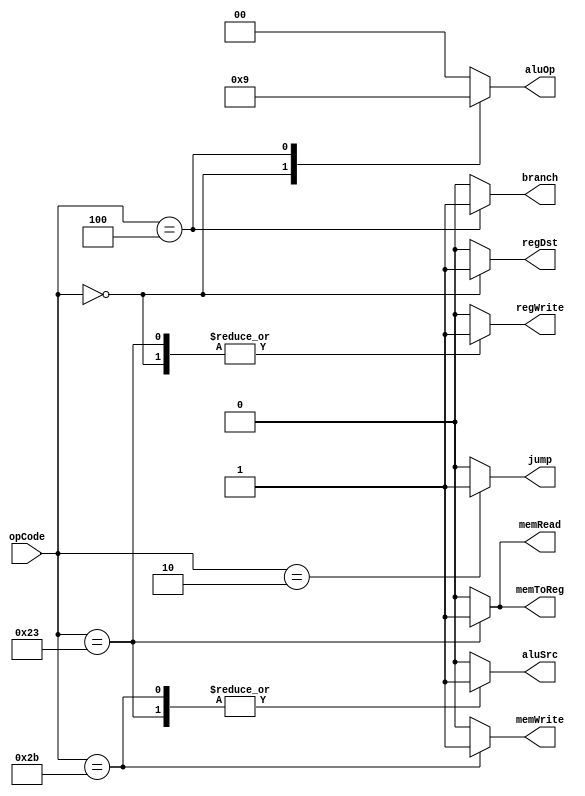
`timescale 1ns / 1ps
//////////////////////////////////////////////////////////////////////////////////
// Company: 
// Engineer: 
// 
// Design Name: 
// Module Name: Ctr
// Project Name: 
// Target Devices: 
// Tool Versions: 
// Description: 
// 
// Dependencies: 
// 
// Revision:
// Revision 0.01 - File Created
// Additional Comments:
// 
//////////////////////////////////////////////////////////////////////////////////


module Ctr(
    input [5 : 0] opCode,
    output regDst,
    output aluSrc,
    output memToReg,
    output regWrite,
    output memRead,
    output memWrite,
    output branch,
    output [1 : 0] aluOp,
    output jump
    );
    
    reg RegDst;
    reg ALUSrc;
    reg MemToReg;
    reg RegWrite;
    reg MemRead;
    reg MemWrite;
    reg Branch;
    reg [1 : 0] ALUOp;
    reg Jump;
    
    always @(opCode)
    begin
        case(opCode)
            6'b000000:      // R Type
            begin
                RegDst = 1;
                ALUSrc = 0;
                MemToReg = 0;
                RegWrite = 1;
                MemRead = 0;
                MemWrite = 0;
                Branch = 0;
                ALUOp = 2'b10;
                Jump = 0;
            end
            6'b100011:      // lw
            begin
                RegDst = 0;
                ALUSrc = 1;
                MemToReg = 1;
                RegWrite = 1;
                MemRead = 1;
                MemWrite = 0;
                Branch = 0;
                ALUOp = 2'b00;
                Jump = 0;
            end
            6'b101011:      // sw
            begin
                RegDst = 0;
                ALUSrc = 1;
                MemToReg = 0;
                RegWrite = 0;
                MemRead = 0;
                MemWrite = 1;
                Branch = 0;
                ALUOp = 2'b00;
                Jump = 0;
            end
            6'b000100:      // beq
            begin
                RegDst = 0;
                ALUSrc = 0;
                MemToReg = 0;
                RegWrite = 0;
                MemRead = 0;
                MemWrite = 0;
                Branch = 1;
                ALUOp = 2'b01;
                Jump = 0;
            end
            6'b000010:      // jump
            begin
                RegDst = 0;
                ALUSrc = 0;
                MemToReg = 0;
                RegWrite = 0;
                MemRead = 0;
                MemWrite = 0;
                Branch = 0;
                ALUOp = 2'b00;
                Jump = 1;
            end
            default:        // default
            begin
                RegDst = 0;
                ALUSrc = 0;
                MemToReg = 0;
                RegWrite = 0;
                MemRead = 0;
                MemWrite = 0;
                Branch = 0;
                ALUOp = 2'b00;
                Jump = 0;
            end
        endcase
    end
    
    assign regDst = RegDst;
    assign aluSrc = ALUSrc;
    assign memToReg = MemToReg;
    assign regWrite = RegWrite;
    assign memRead = MemRead;
    assign memWrite = MemWrite;
    assign branch = Branch;
    assign aluOp = ALUOp;
    assign jump = Jump;
endmodule